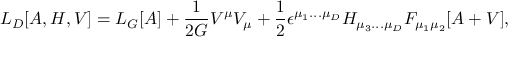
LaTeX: { \cal L } _ { D } [ A , H , V ] = { \cal L } _ { G } [ A ] + \frac { 1 } { 2 G } V ^ { \mu } V _ { \mu } + \frac { 1 } { 2 } \epsilon ^ { \mu _ { 1 } . . . \mu _ { D } } H _ { \mu _ { 3 } . . . \mu _ { D } } F _ { \mu _ { 1 } \mu _ { 2 } } [ A + V ] ,